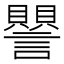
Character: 譻